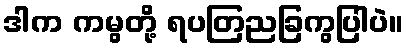
ဒါက ကမွတို့ ရပတြညခြကွပြါပဲ။